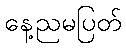
နေ့ညမပြတ်